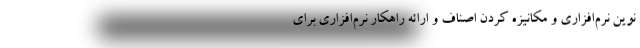
نوین نرم‌افزاری و مکانیزه کردن اصناف و ارائه راهکار نرم‌افزاری برای